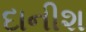
દાનીશ